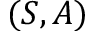
( S , A )